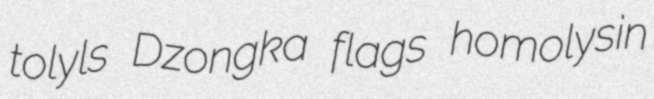
tolyls Dzongka flags homolysin